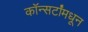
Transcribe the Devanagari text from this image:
कॉन्सर्टांंमधून